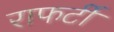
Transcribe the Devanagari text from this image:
राफर्टी